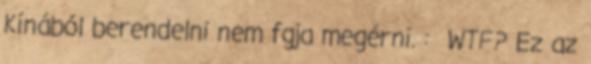
Kínából berendelni nem fgja megérni. : WTF? Ez az